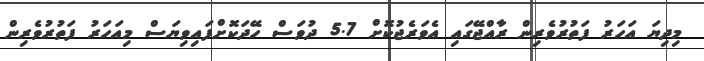
މިދިޔަ އަހަރު ފަތުރުވެރިން ރާއްޖޭގައި އެވަރެޖުކޮށް 5.7 ދުވަސް ހޭދަކޮށްފައިވިޔަސް މިއަހަރު ފަތުރުވެރިން